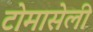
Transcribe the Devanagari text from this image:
टोमासेली